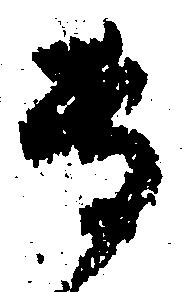
専